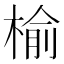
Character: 榆